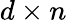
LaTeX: d\times n